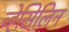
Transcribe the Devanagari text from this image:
व्हेसिलिन